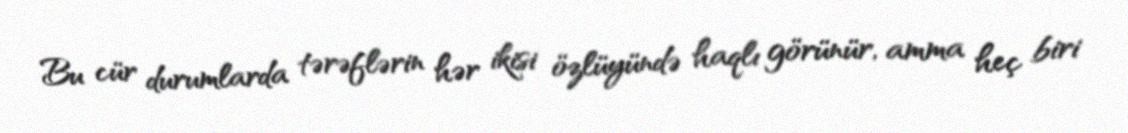
Bu cür durumlarda tərəflərin hər ikisi özlüyündə haqlı görünür, amma heç biri